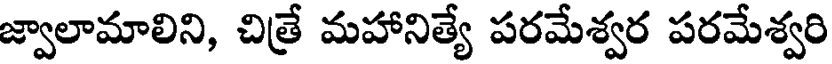
జ్వాలామాలిని, చిత్రే మహానిత్యే పరమేశ్వర పరమేశ్వరి